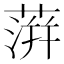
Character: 蓱